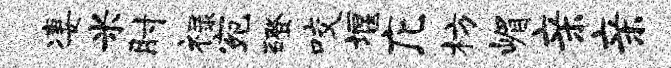
凄米肘禄宛磴咬堰庀枋嵋亲亲